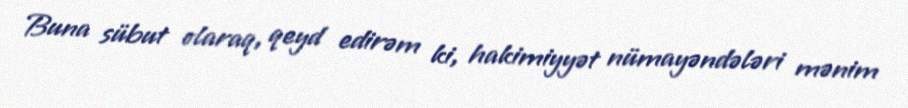
Buna sübut olaraq, qeyd edirəm ki, hakimiyyət nümayəndələri mənim